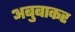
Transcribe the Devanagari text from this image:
अबुबाकर